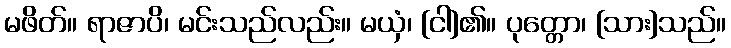
မဖိတ်။ ရာဇာပိ၊ မင်းသည်လည်း။ မယှံ၊ [ငါ]၏။ ပုတ္တော၊ [သား]သည်။